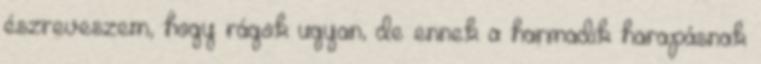
észreveszem, hogy rágok ugyan, de ennek a harmadik harapásnak